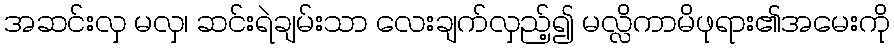
အဆင်းလှ မလှ၊ ဆင်းရဲချမ်းသာ လေးချက်လှည့်၍ မလ္လိကာမိဖုရား၏အမေးကို